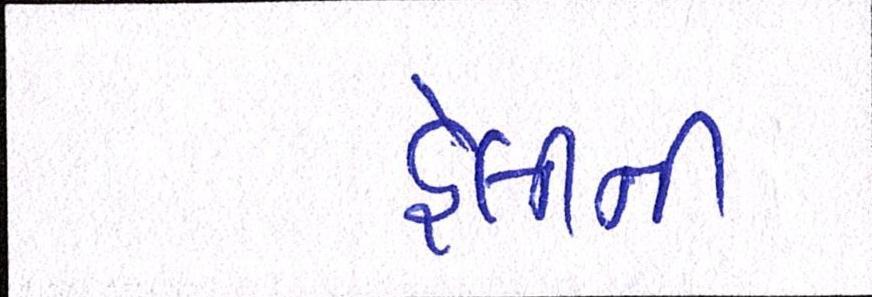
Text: હેલીની